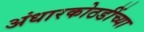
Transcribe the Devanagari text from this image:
अंधारकोठडींच्या